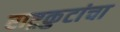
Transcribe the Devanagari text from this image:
राष्ट्रकुटांचा